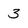
Character: 3